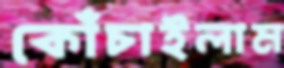
কোঁচাইলাম